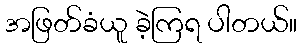
အဖြတ်ခံယူ ခဲ့ကြရ ပါတယ်။